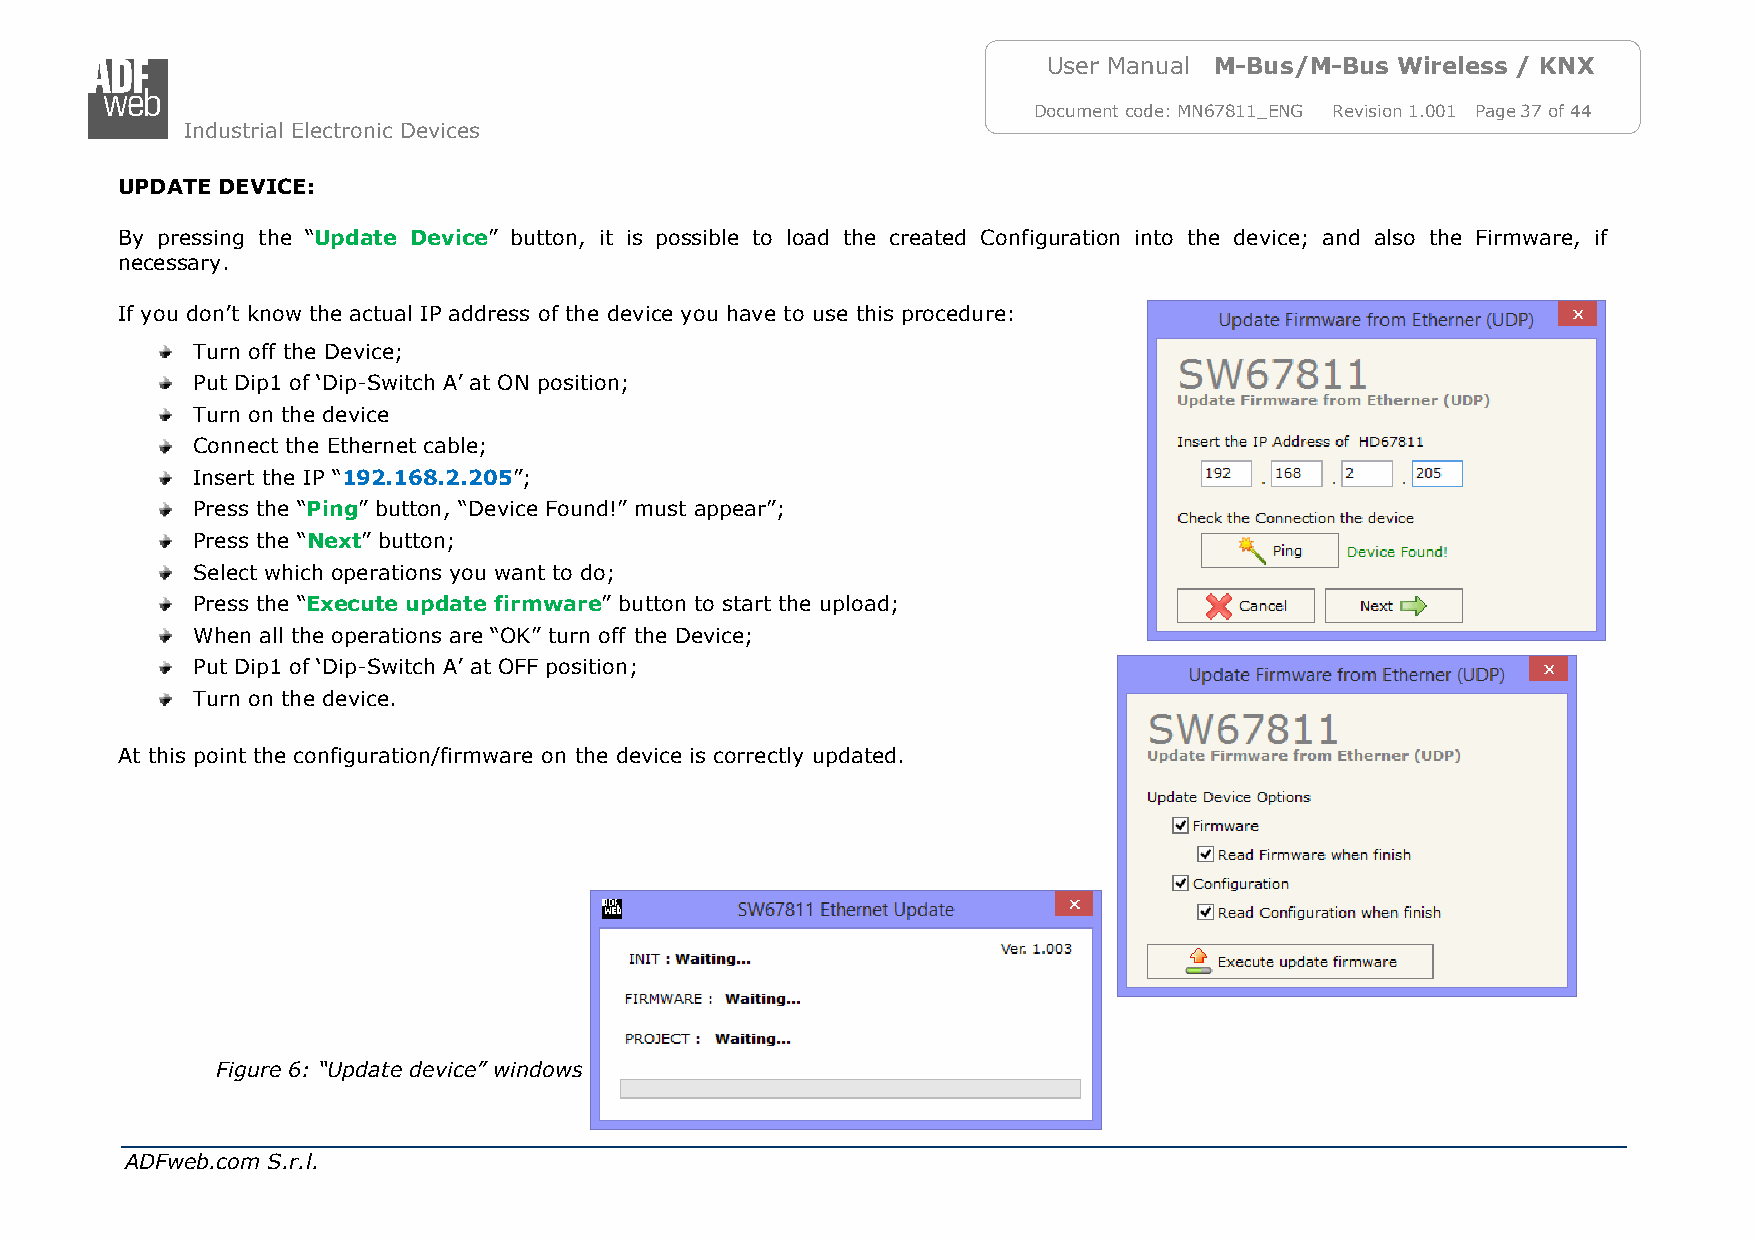
User Manual M-Bus/M-Bus Wireless / KNX
 Document code: MN67811_ENG Revision 1.001 Page 37 of 44
 Industrial Electronic Devices
 UPDATE DEVICE:
 By pressing the “Update Device” button, it is possible to load the created Configuration into the device; and also the Firmware, if
 necessary.
 If you don’t know the actual IP address of the device you have to use this procedure:
 Turn off the Device;
 Put Dip1 of ‘Dip-Switch A’ at ON position;
 Turn on the device
 Connect the Ethernet cable;
 Insert the IP “192.168.2.205”;
 Press the “Ping” button, “Device Found!” must appear”;
 Press the “Next” button;
 Select which operations you want to do;
 Press the “Execute update firmware” button to start the upload;
 When all the operations are “OK” turn off the Device;
 Put Dip1 of ‘Dip-Switch A’ at OFF position;
 Turn on the device.
 At this point the configuration/firmware on the device is correctly updated.
 Figure 6: “Update device” windows
 ADFweb.com S.r.l.